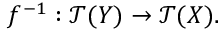
f ^ { - 1 } : { \mathcal { T } } ( Y ) \to { \mathcal { T } } ( X ) .